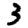
Digit: 3